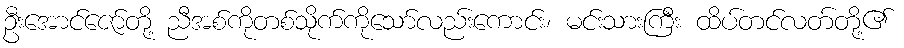
ဦးအောင်ဇော်တို့ ညီအစ်ကိုတစ်သိုက်ကိုသော်လည်းကောင်း၊ မင်းသားကြီး ထိပ်တင်လတ်တို့၏